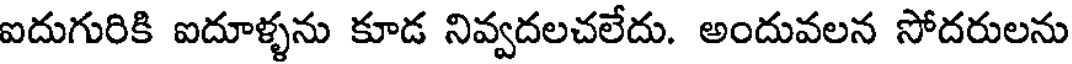
ఐదుగురికి ఐదూళ్ళను కూడ నివ్వదలచలేదు. అందువలన సోదరులను